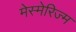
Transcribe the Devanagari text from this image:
मेस्मेरिज्म